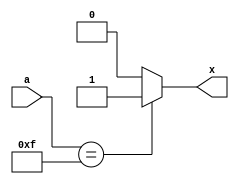
`timescale 1ns/1ns

module and_if(a,x);

input [3:0] a;
output x;
reg x;

always@(a)
begin
	if(a == 4'b1111)
		x = 1'b1;
	else
		x = 1'b0;
end
endmodule